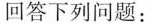
回答下列问题：